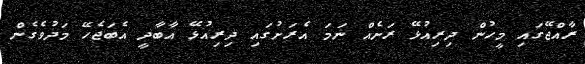
ރާއްޖޭގައި މީހުން ދިރިއުޅޭ ރަށެއް ނަމަ އެރަށުގައި ދިރިއުޅޭ އާބާދީ އެބަޖެހޭ މަދުވެގެން